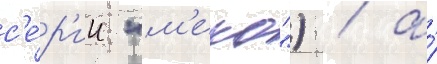
с'е́р'ии "м'еко") / а́